Vaccination in Bombay 1924-1928 - 1924-1928
Year: 1924
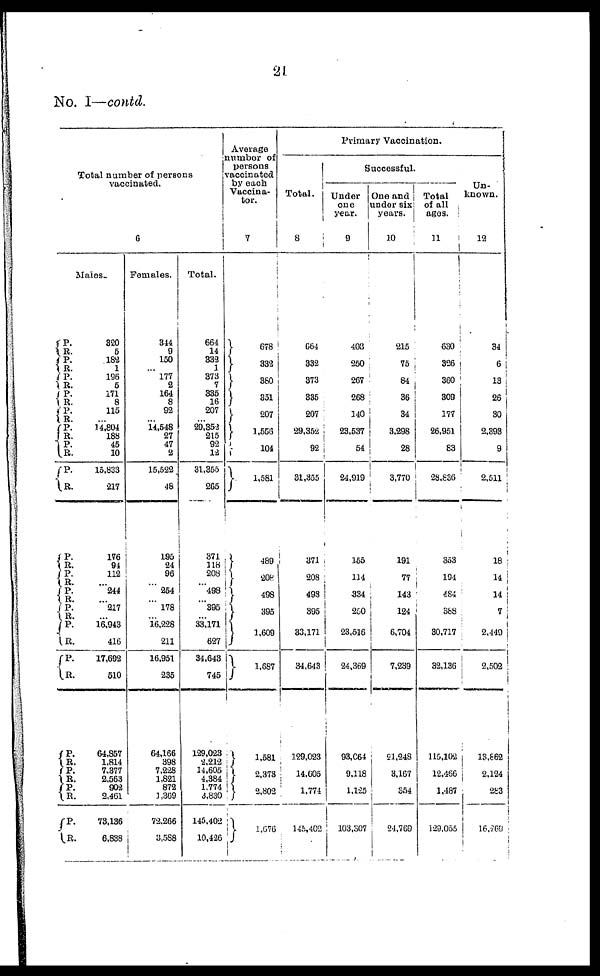
21
No. I—contd.
Total number of persons
vaccinated.
6
Males
P.
R.
P.
R.
P.
R.
P.
R.
P.
R.
P.
R.
P.
R.
P.
R.
P.
R.
P.
R.
P.
R.
P.
R.
P.
R.
P.
R.
P.
R.
P.
R.
P.
R.
P.
R.
320
5
182
1
196
5
171
8
115
... 14,804
188
45
10
15,833
217
176
94
112
... 244
... 217
... 16,943
416
17,692
510
64,857
1,814
7,377
2,563
902
2,461
73,136
6,838
Females.
344
9
150
...
177
2
164
8
92
... 14,548
27
47
2
15,522
48
195
24
96
...
254
...
178
... 16,228
211
16,951
235
64,166
398
7,228
1,821
872
1,369
72,266
3,588
Total.
664
14
332
1
373
7
335
16
207
... 29,352
215
92
12
31,355
265
371
118
208
... 498
... 395
... 33,l71
627
34,643
745
129,023
2,212
14,605
4,384
1,774
3,830
145,402
10,426
Average
number of
persons
vaccinated
by each
Vaccina¬
tor.
7
678
332
360
351
207
1,556
104
1,581
489
208
498
395
1,609
1,687
1,581
2,373
2,802
1,676
Primary Vaccination.
Total.
8
664
332
373
335
207
29,352
92
31,355
371
208
498
395
33,171
34,643
129,023
14,605
1,774
145,402
Successful.
Under
one
year.
9
403
250
267
268
140
23,537
54
24,919
155
114
334
250
23,516
24,369
93,064
9,118
1,125
103,307
One and
under six
years.
10
215
75
84
36
34
3,298
28
3,770
191
77
143
124
6,704
7,239
21,248
3,167
354
24,769
Total
of all
ages.
11
630
326
360
309
177
26,951
83
28,836
353
194
484
388
30,717
32,136
115,102
12,466
1,487
129,055
Un-
known.
12
34
6
13
26
30
2,393
9
2,511
18
14
14
7
2,449
2,502
13,862
2,124
283
16,269